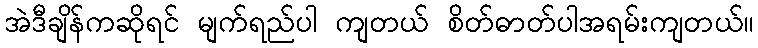
အဲဒီချိန်ကဆိုရင် မျက်ရည်ပါ ကျတယ် စိတ်ဓာတ်ပါအရမ်းကျတယ်။